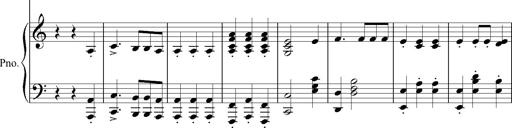
Title: SoirÃ©es de Vienne
Composer: Franz Liszt